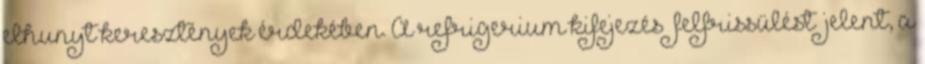
elhunyt keresztények érdekében. A refrigerium kifejezés „felfrissülést” jelent, a